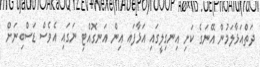
ދަތްއަޅާލަމުން އޭނަގެ ކަށި އިނގިލީގައި އަޅާފައ އިން އަނގޮއްޓި ނަގައި އެވެސް ޑަސްބިނަށް